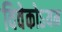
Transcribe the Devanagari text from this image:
विवेकोऽयम